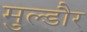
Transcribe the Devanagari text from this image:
मुल्डौर